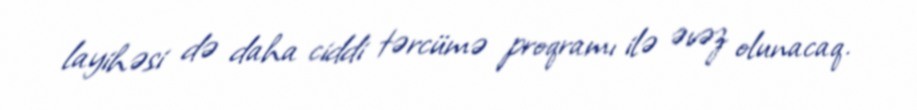
layihəsi də daha ciddi tərcümə proqramı ilə əvəz olunacaq.